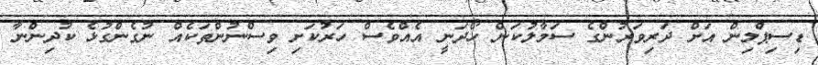
ޑިސިޕްލިން އަށް ދަރިވަރުންގެ ސަމާލުކަން ހޯދަނީ އެއްވެސް ހަރުކަށި ވިސްނުންތަކެއް ނުގެންގުޅެ ކުދިންނާ